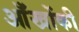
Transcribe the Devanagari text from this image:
आँखोंकी